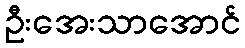
ဦးအေးသာအောင်